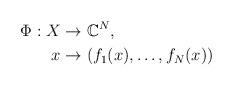
LaTeX: \begin{align*} \Phi:X&\rightarrow\mathbb{C}^N, \\x&\rightarrow(f_1(x),\ldots,f_N(x))\end{align*}